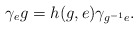
\begin{align*}\gamma_eg=h(g,e)\gamma_{g^{-1}e}.\end{align*}